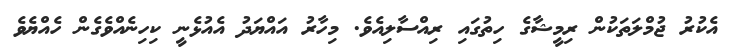
އެކުރު ޖުމްލަތަކުން ރިމީޝާގެ ހިތުގައި ރިއްސާލިއެވެ. މިހާރު އައްޔަދު އެއުޅެނީ ކިހިނެއްވެގެން ހެއްޔެވެ